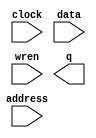
// megafunction wizard: %RAM: 1-PORT%VBB%
// GENERATION: STANDARD
// VERSION: WM1.0
// MODULE: altsyncram 

// ============================================================
// Megafunction Name(s):
// 			altsyncram
//
// Simulation Library Files(s):
// 			altera_mf
// ============================================================
// ************************************************************
// THIS IS A WIZARD-GENERATED FILE. DO NOT EDIT THIS FILE!
//
// 15.0.0 Build 145 04/22/2015 SJ Web Edition
// ************************************************************

//Copyright (C) 1991-2015 Altera Corporation. All rights reserved.
//Your use of Altera Corporation's design tools, logic functions 
//and other software and tools, and its AMPP partner logic 
//functions, and any output files from any of the foregoing 
//(including device programming or simulation files), and any 
//associated documentation or information are expressly subject 
//to the terms and conditions of the Altera Program License 
//Subscription Agreement, the Altera Quartus II License Agreement,
//the Altera MegaCore Function License Agreement, or other 
//applicable license agreement, including, without limitation, 
//that your use is for the sole purpose of programming logic 
//devices manufactured by Altera and sold by Altera or its 
//authorized distributors.  Please refer to the applicable 
//agreement for further details.

module blue_planet_damaged_1 (
	address,
	clock,
	data,
	wren,
	q);

	input	[13:0]  address;
	input	  clock;
	input	[8:0]  data;
	input	  wren;
	output	[8:0]  q;
`ifndef ALTERA_RESERVED_QIS
// synopsys translate_off
`endif
	tri1	  clock;
`ifndef ALTERA_RESERVED_QIS
// synopsys translate_on
`endif

endmodule

// ============================================================
// CNX file retrieval info
// ============================================================
// Retrieval info: PRIVATE: ADDRESSSTALL_A NUMERIC "0"
// Retrieval info: PRIVATE: AclrAddr NUMERIC "0"
// Retrieval info: PRIVATE: AclrByte NUMERIC "0"
// Retrieval info: PRIVATE: AclrData NUMERIC "0"
// Retrieval info: PRIVATE: AclrOutput NUMERIC "0"
// Retrieval info: PRIVATE: BYTE_ENABLE NUMERIC "0"
// Retrieval info: PRIVATE: BYTE_SIZE NUMERIC "9"
// Retrieval info: PRIVATE: BlankMemory NUMERIC "0"
// Retrieval info: PRIVATE: CLOCK_ENABLE_INPUT_A NUMERIC "0"
// Retrieval info: PRIVATE: CLOCK_ENABLE_OUTPUT_A NUMERIC "0"
// Retrieval info: PRIVATE: Clken NUMERIC "0"
// Retrieval info: PRIVATE: DataBusSeparated NUMERIC "1"
// Retrieval info: PRIVATE: IMPLEMENT_IN_LES NUMERIC "0"
// Retrieval info: PRIVATE: INIT_FILE_LAYOUT STRING "PORT_A"
// Retrieval info: PRIVATE: INIT_TO_SIM_X NUMERIC "0"
// Retrieval info: PRIVATE: INTENDED_DEVICE_FAMILY STRING "Cyclone V"
// Retrieval info: PRIVATE: JTAG_ENABLED NUMERIC "0"
// Retrieval info: PRIVATE: JTAG_ID STRING "NONE"
// Retrieval info: PRIVATE: MAXIMUM_DEPTH NUMERIC "0"
// Retrieval info: PRIVATE: MIFfilename STRING "C:/Users/Bill/Desktop/earth_II/blue_planet_damaged_1/blue_planet_damaged_1.mif"
// Retrieval info: PRIVATE: NUMWORDS_A NUMERIC "8400"
// Retrieval info: PRIVATE: RAM_BLOCK_TYPE NUMERIC "0"
// Retrieval info: PRIVATE: READ_DURING_WRITE_MODE_PORT_A NUMERIC "3"
// Retrieval info: PRIVATE: RegAddr NUMERIC "1"
// Retrieval info: PRIVATE: RegData NUMERIC "1"
// Retrieval info: PRIVATE: RegOutput NUMERIC "0"
// Retrieval info: PRIVATE: SYNTH_WRAPPER_GEN_POSTFIX STRING "0"
// Retrieval info: PRIVATE: SingleClock NUMERIC "1"
// Retrieval info: PRIVATE: UseDQRAM NUMERIC "1"
// Retrieval info: PRIVATE: WRCONTROL_ACLR_A NUMERIC "0"
// Retrieval info: PRIVATE: WidthAddr NUMERIC "14"
// Retrieval info: PRIVATE: WidthData NUMERIC "9"
// Retrieval info: PRIVATE: rden NUMERIC "0"
// Retrieval info: LIBRARY: altera_mf altera_mf.altera_mf_components.all
// Retrieval info: CONSTANT: CLOCK_ENABLE_INPUT_A STRING "BYPASS"
// Retrieval info: CONSTANT: CLOCK_ENABLE_OUTPUT_A STRING "BYPASS"
// Retrieval info: CONSTANT: INIT_FILE STRING "C:/Users/Bill/Desktop/earth_II/blue_planet_damaged_1/blue_planet_damaged_1.mif"
// Retrieval info: CONSTANT: INTENDED_DEVICE_FAMILY STRING "Cyclone V"
// Retrieval info: CONSTANT: LPM_HINT STRING "ENABLE_RUNTIME_MOD=NO"
// Retrieval info: CONSTANT: LPM_TYPE STRING "altsyncram"
// Retrieval info: CONSTANT: NUMWORDS_A NUMERIC "8400"
// Retrieval info: CONSTANT: OPERATION_MODE STRING "SINGLE_PORT"
// Retrieval info: CONSTANT: OUTDATA_ACLR_A STRING "NONE"
// Retrieval info: CONSTANT: OUTDATA_REG_A STRING "UNREGISTERED"
// Retrieval info: CONSTANT: POWER_UP_UNINITIALIZED STRING "FALSE"
// Retrieval info: CONSTANT: READ_DURING_WRITE_MODE_PORT_A STRING "NEW_DATA_NO_NBE_READ"
// Retrieval info: CONSTANT: WIDTHAD_A NUMERIC "14"
// Retrieval info: CONSTANT: WIDTH_A NUMERIC "9"
// Retrieval info: CONSTANT: WIDTH_BYTEENA_A NUMERIC "1"
// Retrieval info: USED_PORT: address 0 0 14 0 INPUT NODEFVAL "address[13..0]"
// Retrieval info: USED_PORT: clock 0 0 0 0 INPUT VCC "clock"
// Retrieval info: USED_PORT: data 0 0 9 0 INPUT NODEFVAL "data[8..0]"
// Retrieval info: USED_PORT: q 0 0 9 0 OUTPUT NODEFVAL "q[8..0]"
// Retrieval info: USED_PORT: wren 0 0 0 0 INPUT NODEFVAL "wren"
// Retrieval info: CONNECT: @address_a 0 0 14 0 address 0 0 14 0
// Retrieval info: CONNECT: @clock0 0 0 0 0 clock 0 0 0 0
// Retrieval info: CONNECT: @data_a 0 0 9 0 data 0 0 9 0
// Retrieval info: CONNECT: @wren_a 0 0 0 0 wren 0 0 0 0
// Retrieval info: CONNECT: q 0 0 9 0 @q_a 0 0 9 0
// Retrieval info: GEN_FILE: TYPE_NORMAL blue_planet_damaged_1.v TRUE
// Retrieval info: GEN_FILE: TYPE_NORMAL blue_planet_damaged_1.inc FALSE
// Retrieval info: GEN_FILE: TYPE_NORMAL blue_planet_damaged_1.cmp FALSE
// Retrieval info: GEN_FILE: TYPE_NORMAL blue_planet_damaged_1.bsf FALSE
// Retrieval info: GEN_FILE: TYPE_NORMAL blue_planet_damaged_1_inst.v FALSE
// Retrieval info: GEN_FILE: TYPE_NORMAL blue_planet_damaged_1_bb.v TRUE
// Retrieval info: LIB_FILE: altera_mf